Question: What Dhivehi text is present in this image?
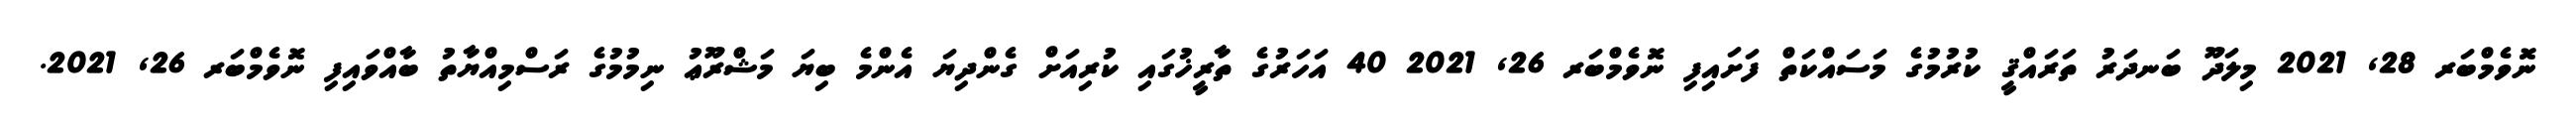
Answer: ނޮވެމްބަރ 28, 2021 މިލަދޫ ބަނދަރު ތަރައްޤީ ކުރުމުގެ މަސައްކަތް ފަށައިފި ނޮވެމްބަރ 26, 2021 40 އަހަރުގެ ތާރީޚުގައި ކުރިއަށް ގެންދިޔަ އެންމެ ބިޔަ މަޝްރޫޢު ނިމުމުގެ ރަސްމިއްޔާތު ބާއްވައިފި ނޮވެމްބަރ 26, 2021.